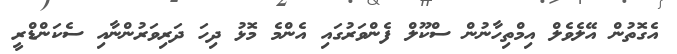
އެގޮތުން އޭލެވެލް އިމްތިހާނުން ސްކޫލް ފެންވަރުގައި އެންމެ މޮޅު ދިހަ ދަރިވަރުންނާއި ސެކަންޑްރީ